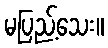
မပြည့်သေး။